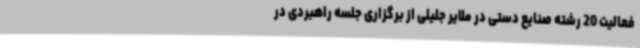
فعالیت 20 رشته صنایع دستی در ملایر جلیلی از برگزاری جلسه راهبردی در